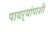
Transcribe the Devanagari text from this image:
पायऱ्यांपाशी